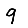
Digit: 9